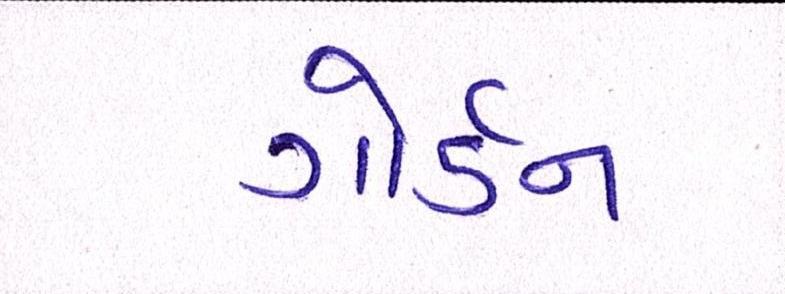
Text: ગોર્ડન